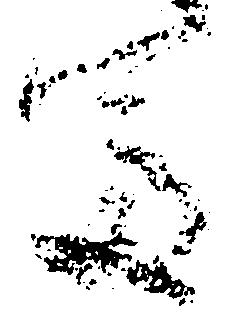
富